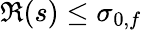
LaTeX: \Re(s)\leq\sigma_{0,f}